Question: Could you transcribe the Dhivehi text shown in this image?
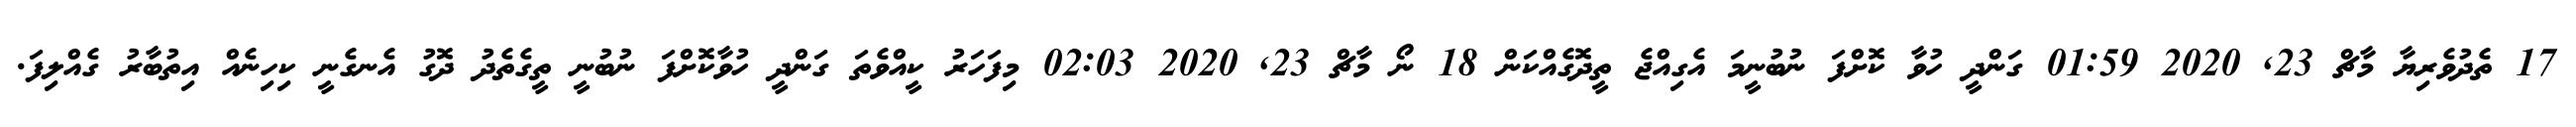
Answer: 17 ތެދުވެރިޔާ މާޗް 23, 2020 01:59 ގަންދީ ހުވާ ކޮށްފަ ނުބުނީމަ އެގިއްޖެ ތީދޮގެއްކަން 18 ނޯ މާޗް 23, 2020 02:03 މިފަހަރު ކީއްވެތަ ގަންދީ ހުވާކޮށްފަ ނުބުނީ ތީގެތެދު ދޮގު އެނގެނީ ކިހިނެއް އިތުބާރު ގެއްލިފަ.